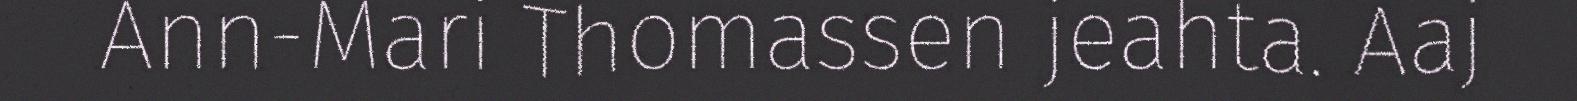
Ann-Mari Thomassen jeahta. Aaj